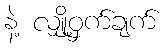
နဲ့ လျှို့ဝှက်ချက်